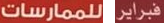
للممارسات فبراير